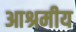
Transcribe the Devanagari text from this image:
आश्रमीय